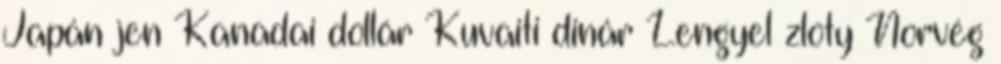
Japán jen Kanadai dollár Kuvaiti dinár Lengyel zloty Norvég